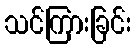
သင်ကြားခြင်း